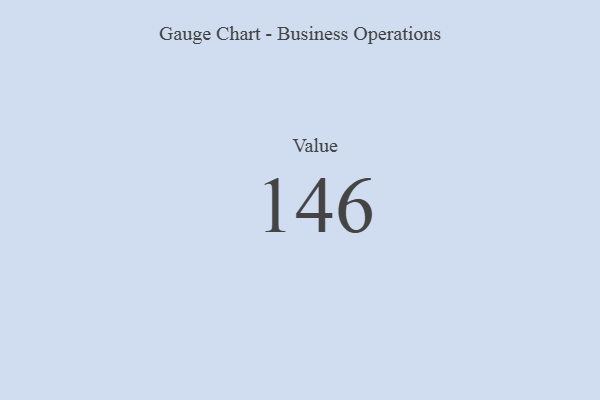
{"axis": {"x": "Metric", "y": "Value"}, "legend": [""], "data": [{"x": "Value", "y": 146, "type": ""}]}